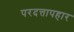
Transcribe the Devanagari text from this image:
परदत्तापहार